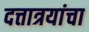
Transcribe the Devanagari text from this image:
दत्तात्रयांचा